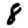
Digit: 8